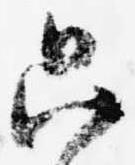
只